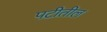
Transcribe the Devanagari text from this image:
पटीतील